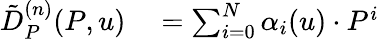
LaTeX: \begin{array}{rl}{\tilde{D}_{P}^{(n)}(P,u)}&{{}=\sum_{i=0}^{N}\alpha_{i}(u)\cdot P^{i}}\end{array}